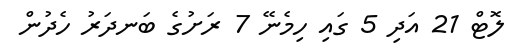
ލޮޓް 21 އަދި 5 ގައި ހިމެނޭ 7 ރަށުގެ ބަނދަރު ހެދުން